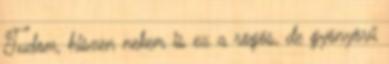
Tudom, hiszen nekem is ez a rögös, de gyönyörű